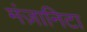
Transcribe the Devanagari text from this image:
मंज़ानिटा